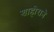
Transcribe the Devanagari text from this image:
शाहीराने